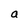
Character: a